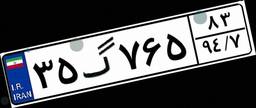
۳۵گ۷۶۵۸۳